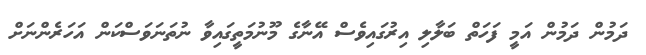
ދަމުން ދަމުން އަމީ ފަހަތް ބަލާލި އިރުގައިވެސް އޭނާގެ މޫނުމަތީގައިވާ ނުތަނަވަސްކަން އަހަރެންނަށް